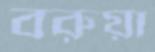
বরুয়া